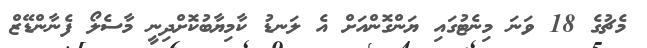
މެޗުގެ 18 ވަނަ މިނެޓުގައި ޔަންގޮންއަށް އެ ލަނޑު ކާމިޔާބުކޮށްދިނީ މާސެލޯ ފެނާންޑޭޒް